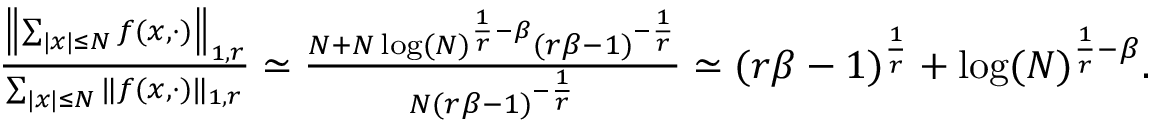
\begin{array} { r } { \frac { \left\| \sum _ { | x | \leq N } f ( x , \cdot ) \right\| _ { 1 , r } } { \sum _ { | x | \leq N } \| f ( x , \cdot ) \| _ { 1 , r } } \simeq \frac { N + N \log ( N ) ^ { \frac { 1 } { r } - \beta } ( r \beta - 1 ) ^ { - \frac { 1 } { r } } } { N ( r \beta - 1 ) ^ { - \frac { 1 } { r } } } \simeq ( r \beta - 1 ) ^ { \frac { 1 } { r } } + \log ( N ) ^ { \frac { 1 } { r } - \beta } . } \end{array}